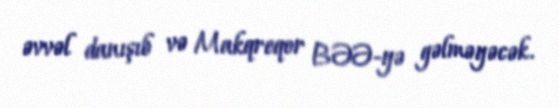
əvvəl danışıb və Makqreqor BƏƏ-yə gəlməyəcək.